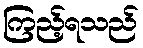
ကြည့်ရသည်